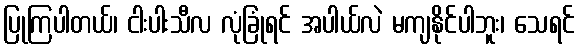
ပြုကြပါတယ်၊ ငါးပါးသီလ လုံခြုံရင် အပါယ်လဲ မကျနိုင်ပါဘူး၊ သေရင်